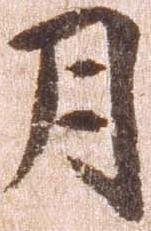
月